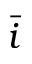
\bar { i }